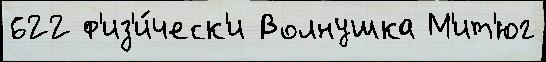
622 ф'из'и́ческ'и Волнушка М'ит'юг